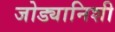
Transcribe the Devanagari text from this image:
जोड्यानिशी